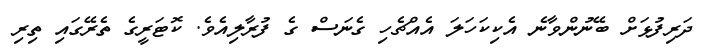
ދަރިފުޅަށް ބޭނުންވާނެ އެކިކަހަލަ އެއްޗެހި ގެނަސް ގެ ފުރާލިއެވެ. ކޮޓަރީގެ ތެރޭގައި ތިރި